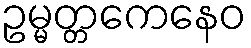
ဥမ္မတ္တကေနေဝ